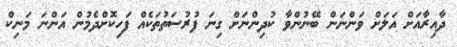
ދާއިރާއަށް އަލަށް ވަންނަން ބޭނުންވާ ކުދިންނަށް ގިނަ ފުރުސަތުތަކެއް ފަހިކޮށްދެމުން އަންނަ މަނިކް